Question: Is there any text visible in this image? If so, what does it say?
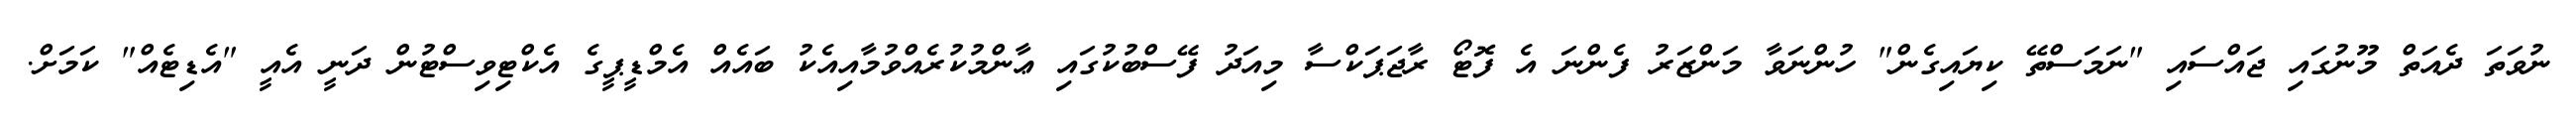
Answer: ނުވަތަ ދެއަތް މޫނުގައި ޖައްސައި "ނަމަސްތޭ ކިޔައިގެން" ހުންނަވާ މަންޒަރު ފެންނަ އެ ފޮޓޯ ރާޖަޕަކްސާ މިއަދު ފޭސްބުކުގައި ޢާންމުކުރެއްވުމާއިއެކު ބައެއް އެމްޑީޕީގެ އެކްޓިވިސްޓުން ދަނީ އެއީ "އެޑިޓެއް" ކަމަށް.